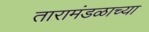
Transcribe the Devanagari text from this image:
तारामंडळाच्या